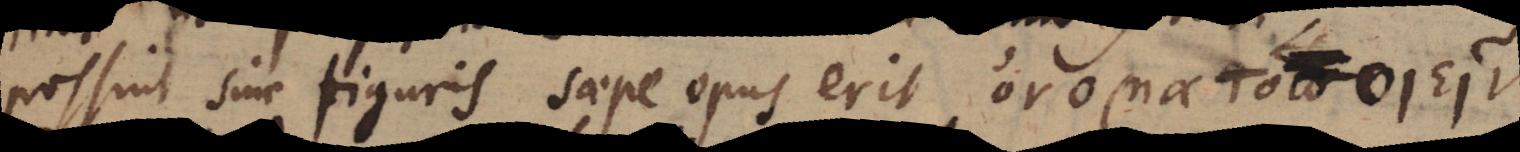
possint sine figuris saepe opus erit ονοµατοποιειν